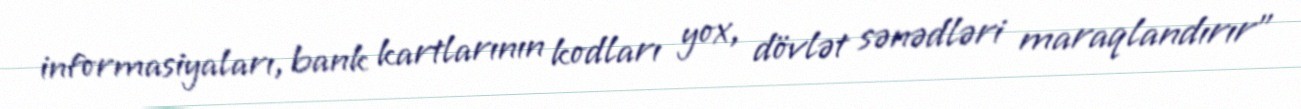
informasiyaları, bank kartlarının kodları yox, dövlət sənədləri maraqlandırır”